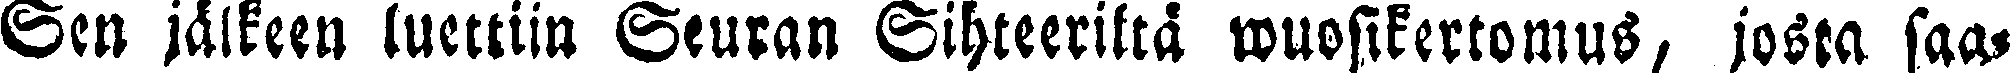
Sen jälkeen luettiin Seuran Sihteeriltä wuosikertomus, josta saa-